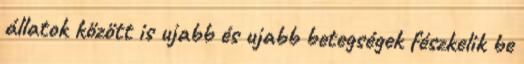
állatok között is ujabb és ujabb betegségek fészkelik be